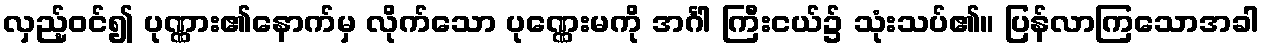
လှည့်ဝင်၍ ပုဏ္ဏား၏နောက်မှ လိုက်သော ပုဏ္ဏေးမကို အင်္ဂါ ကြီးငယ်၌ သုံးသပ်၏။ ပြန်လာကြသောအခါ